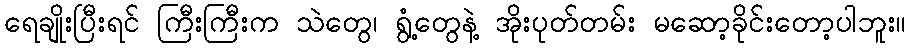
ရေချိုးပြီးရင် ကြီးကြီးက သဲတွေ၊ ရွံ့တွေနဲ့ အိုးပုတ်တမ်း မဆော့ခိုင်းတော့ပါဘူး။